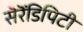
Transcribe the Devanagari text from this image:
सॆरॆंडिपिटी